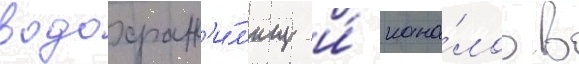
водохран'и́л'ищ и́ кана́лов в